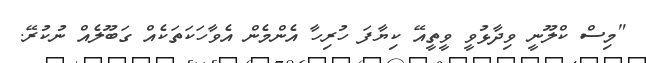
"މިސް ކްލޫނީ ވިދާޅުވީ ވީތީއޭ ކިޔާފަ ހުރިހާ އެންމެން އެވާހަކަތަކެއް ގަބޫލެއް ނުކުރޭ.